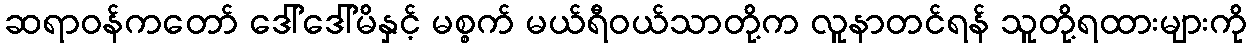
ဆရာဝန်ကတော် ဒေါ်ဒေါ်မိနှင့် မစ္စက် မယ်ရီဝယ်သာတို့က လူနာတင်ရန် သူတို့ရထားများကို